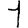
Digit: 1